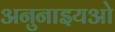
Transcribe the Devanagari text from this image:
अनुनाइयओ